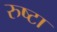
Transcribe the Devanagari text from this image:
रुष्टा